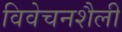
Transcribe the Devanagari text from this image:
विवेचनशैली